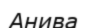
Анива